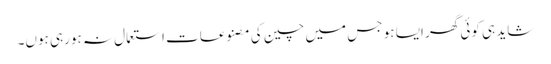
شاید ہی کوئی گھر ایسا ہو جس میں چین کی مصنوعات استعمال نہ ہورہی ہوں۔